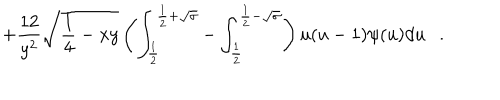
LaTeX: + { \frac { 1 2 } { y ^ { 2 } } } \sqrt { { \frac { 1 } { 4 } } - x y } \left( \int _ { \frac 1 2 } ^ { \frac 1 2 + \sqrt { \sigma } } - \int _ { \frac 1 2 } ^ { \frac 1 2 - \sqrt { \sigma } } \right) u ( u - 1 ) \psi ( u ) d u .